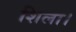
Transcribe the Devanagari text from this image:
शिला।